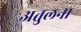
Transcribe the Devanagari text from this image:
अतुलना